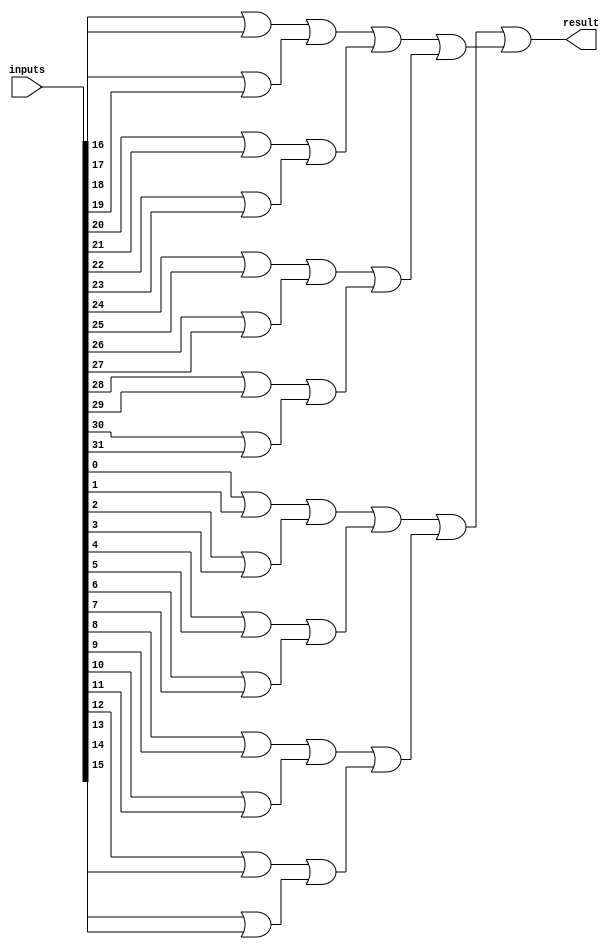
module OR_gate_32 (
    input [31:0] inputs,
    output result
);

wire [15:0] intermediate_results;
wire [7:0] intermediate_results_2;
wire [3:0] intermediate_results_3;
wire [1:0] intermediate_results_4;

// First level of 2-input OR gates
genvar i;
generate
    for (i = 0; i < 16; i = i + 1) begin
        assign intermediate_results[i] = inputs[i*2] | inputs[i*2 + 1];
    end
endgenerate

// Second level of 2-input OR gates
genvar j;
generate
    for (j = 0; j < 8; j = j + 1) begin
        assign intermediate_results_2[j] = intermediate_results[j*2] | intermediate_results[j*2 + 1];
    end
endgenerate

// Third level of 2-input OR gates
genvar k;
generate
    for (k = 0; k < 4; k = k + 1) begin
        assign intermediate_results_3[k] = intermediate_results_2[k*2] | intermediate_results_2[k*2 + 1];
    end
endgenerate

// Fourth level of 2-input OR gates
genvar l;
generate
    for (l = 0; l < 2; l = l + 1) begin
        assign intermediate_results_4[l] = intermediate_results_3[l*2] | intermediate_results_3[l*2 + 1];
    end
endgenerate

// Final 2-input OR gate
assign result = intermediate_results_4[0] | intermediate_results_4[1];

endmodule